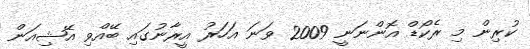
ކުރިން މި ރެކޯޑް އޮންނަނީ 2009 ވަނަ އަހަރު އީރާނުގައި ބޭއްވި އޭޝިއަން